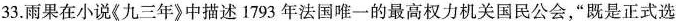
33.雨果在小说《九三年》中描述1793年法国唯一的最高权力机关国民公会，“既是正式选